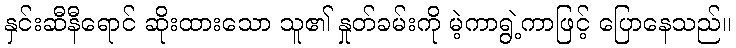
နှင်းဆီနီရောင် ဆိုးထားသော သူ၏ နှုတ်ခမ်းကို မဲ့ကာရွဲ့ကာဖြင့် ပြောနေသည်။